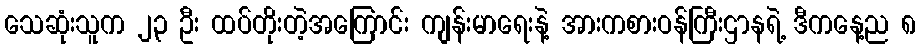
သေဆုံးသူက ၂၃ ဦး ထပ်တိုးတဲ့အကြောင်း ကျန်းမာရေးနဲ့ အားကစားဝန်ကြီးဌာနရဲ့ ဒီကနေ့ည ၈